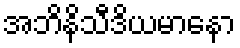
အဘိနိသီဒိယမာနော